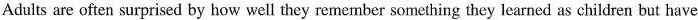
Adults are often surprised by how well they remember something they learned as children but have